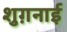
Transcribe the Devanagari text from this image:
शुग़नाई